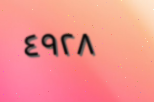
٤٩٢٨